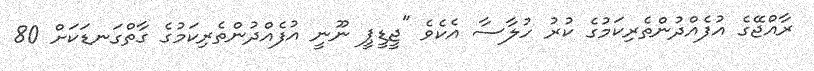
ރާއްޖޭގެ އުފެއްދުންތެރިކަމުގެ ކުރު ހުލާސާ އެކެވެ "ޖީޑީޕީ ނޫނީ އުފެއްދުންތެރިކަމުގެ ގާތްގަނޑަކަށް 80